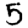
Digit: 5